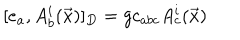
[ e _ { a } , A _ { b } ^ { i } ( \vec { x } ) ] _ { D } = g c _ { a b c } A _ { c } ^ { i } ( \vec { x } )